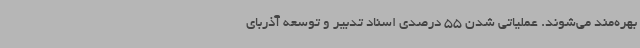
بهره‌مند می‌شوند. عملیاتی شدن 55 درصدی اسناد تدبیر و توسعه آذربای